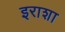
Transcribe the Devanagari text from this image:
इराशा